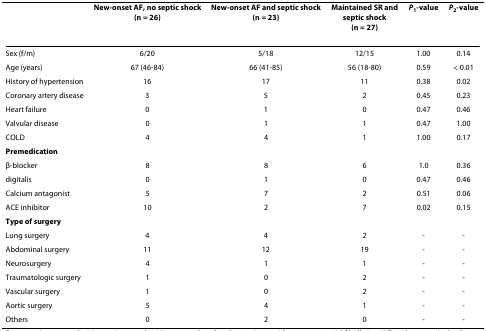
|  | New-onset AF, no septic shock(n = 26) | New-onset AF and septic shock(n = 23) | Maintained SR and septic shock(n = 27) | P1-value | P2-value |
 | --- | --- | --- | --- | --- | --- |
 | Sex (f/m) | 6/20 | 5/18 | 12/15 | 1.00 | 0.14 |
 | Age (years) | 67 (46-84) | 66 (41-85) | 56 (18-80) | 0.59 | < 0.01 |
 | History of hypertension | 16 | 17 | 11 | 0.38 | 0.02 |
 | Coronary artery disease | 3 | 5 | 2 | 0.45 | 0.23 |
 | Heart failure | 0 | 1 | 0 | 0.47 | 0.46 |
 | Valvular disease | 0 | 1 | 1 | 0.47 | 1.00 |
 | COLD | 4 | 4 | 1 | 1.00 | 0.17 |
 | Premedication |  |  |  |  |  |
 | β-blocker | 8 | 8 | 6 | 1.0 | 0.36 |
 | digitalis | 0 | 1 | 0 | 0.47 | 0.46 |
 | Calcium antagonist | 5 | 7 | 2 | 0.51 | 0.06 |
 | ACE inhibitor | 10 | 2 | 7 | 0.02 | 0.15 |
 | Type of surgery |  |  |  |  |  |
 | Lung surgery | 4 | 4 | 2 | - | - |
 | Abdominal surgery | 11 | 12 | 19 | - | - |
 | Neurosurgery | 4 | 1 | 1 | - | - |
 | Traumatologic surgery | 1 | 0 | 2 | - | - |
 | Vascular surgery | 1 | 0 | 2 | - | - |
 | Aortic surgery | 5 | 4 | 1 | - | - |
 | Others | 0 | 2 | 0 | - | - |